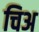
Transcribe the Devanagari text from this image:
चिअ